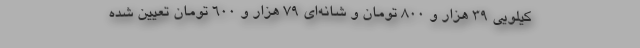
کیلویی ۳۹ هزار و ۸۰۰ تومان و شانه‌ای ۷۹ هزار و ۶۰۰ تومان تعیین شده